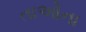
તાઓના